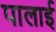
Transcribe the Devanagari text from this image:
पालाई